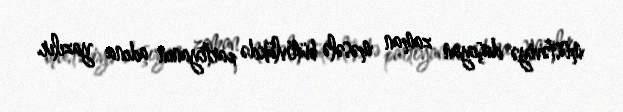
müstəviyə daşıyan zaman məsələ bütövlükdə partiyanın adına yazılır.